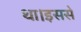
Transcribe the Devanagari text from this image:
था।इससे